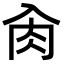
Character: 肏